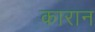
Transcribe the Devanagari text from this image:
कारान